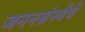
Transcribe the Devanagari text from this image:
जननसंस्थेचे